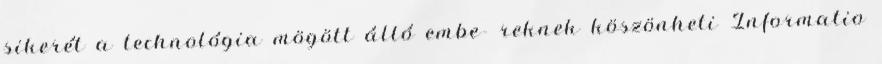
sikerét a technológia mögött álló embe- reknek köszönheti Informatio